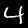
Label: 4